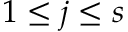
1 \leq j \leq s